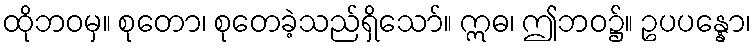
ထိုဘဝမှ။ စုတော၊ စုတေခဲ့သည်ရှိသော်။ ဣဓ၊ ဤဘဝ၌။ ဥပပန္နော၊